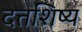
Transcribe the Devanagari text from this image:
दत्तशिष्य